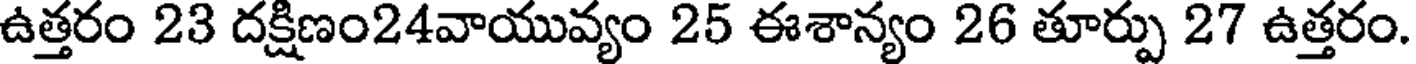
ఉత్తరం 23 దక్షిణం24వాయువ్యం 25 ఈశాన్యం 26 తూర్పు 27 ఉత్తరం.